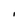
Character: i